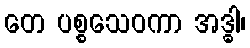
တေ ပစ္စသေဝကာ အဒ္ဓါ၊